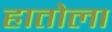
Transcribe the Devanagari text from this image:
हातोला